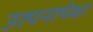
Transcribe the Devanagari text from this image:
उत्पनापेक्षा